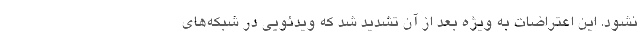
نشود. این اعتراضات به ویژه بعد از آن تشدید شد که ویدئویی در شبکه‌های